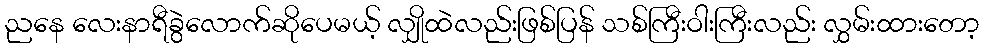
ညနေ လေးနာရီခွဲလောက်ဆိုပေမယ့် လျှိုထဲလည်းဖြစ်ပြန် သစ်ကြီးဝါးကြီးလည်း လွှမ်းထားတော့